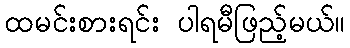
ထမင်းစားရင်း ပါရမီဖြည့်မယ်။